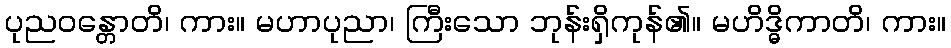
ပုညဝန္တောတိ၊ ကား။ မဟာပုညာ၊ ကြီးသော ဘုန်းရှိကုန်၏။ မဟိဒ္ဓိကာတိ၊ ကား။